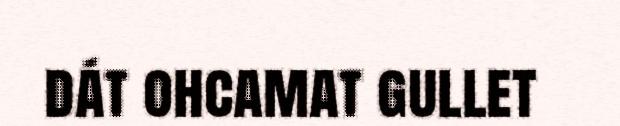
dát ohcamat gullet